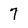
Character: 7